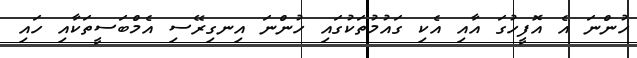
ހުންނަ އެ އޮފީހުގަ އާއި އެކި ގައުމުތަކުގައި ހުންނަ އިނގިރޭސި އެމްބަސީތަކާއި ހައި